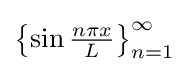
{\textstyle \left\{\sin {\frac {n\pi x}{L}}\right\}_{n=1}^{\infty }}